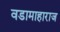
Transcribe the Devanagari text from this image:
वडामाहाराज